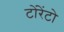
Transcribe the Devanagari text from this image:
टोंरेंटो